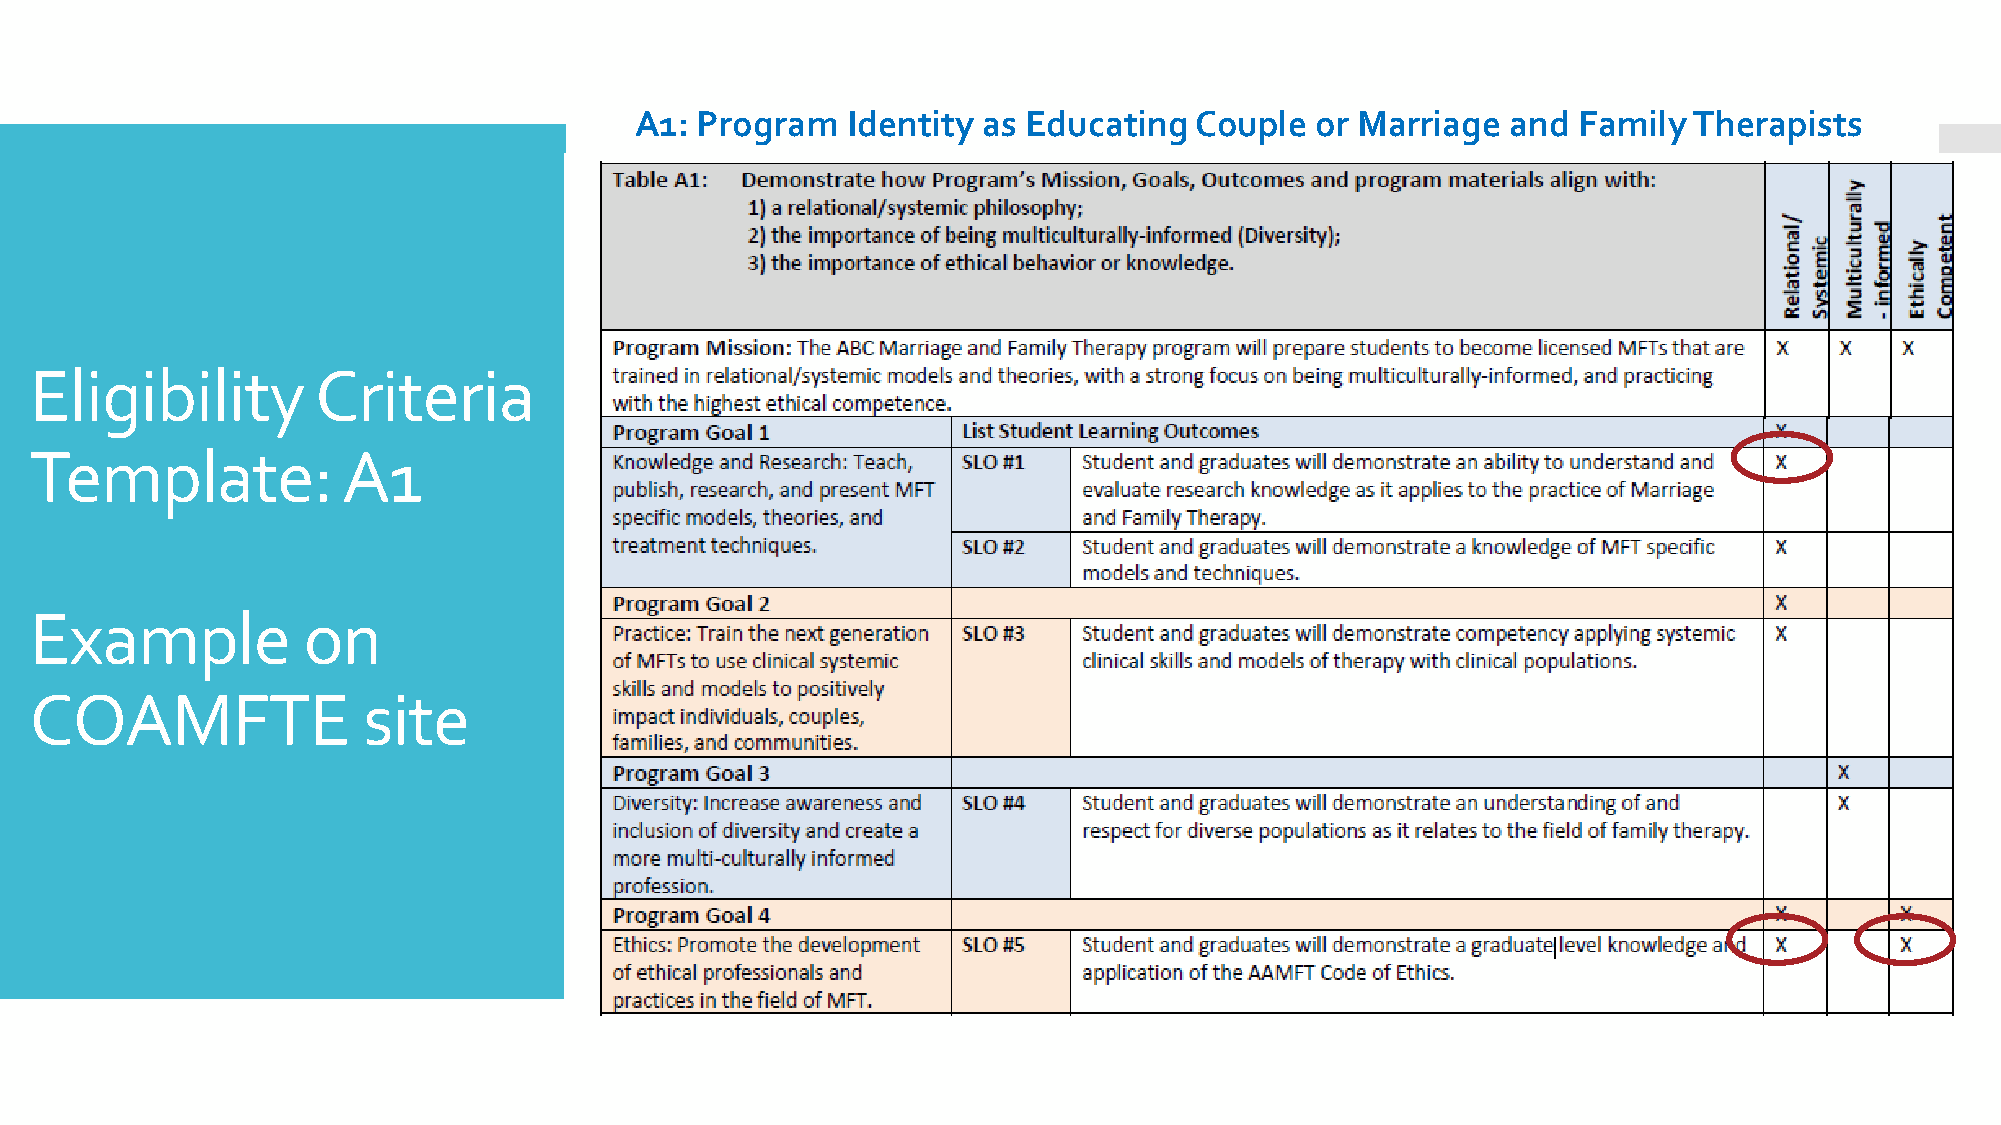
A1: Program   Identity as Educating  Couple  or Marriage  and Family  Therapists
 Eligibility        Criteria
 Template:            A1
 Example           on
 COAMFTE               site